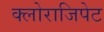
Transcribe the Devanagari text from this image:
क्लोराजिपेट